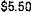
$5.50